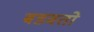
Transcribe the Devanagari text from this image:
बडवतो